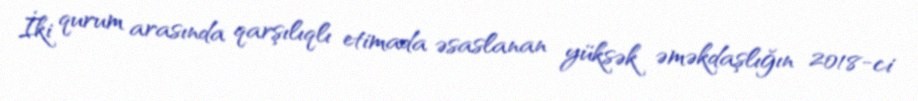
İki qurum arasında qarşılıqlı etimada əsaslanan yüksək əməkdaşlığın 2018-ci